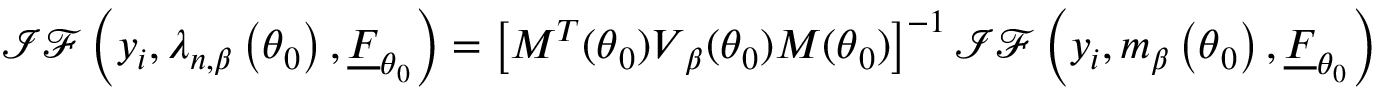
\mathcal { I F } \left( y _ { i } , \boldsymbol { \lambda } _ { n , \beta } \left( \boldsymbol { \theta } _ { 0 } \right) , \underline { { F } } _ { \boldsymbol { \theta } _ { 0 } } \right) = \left[ \boldsymbol { M } ^ { T } ( \boldsymbol { \theta } _ { 0 } ) \boldsymbol { V } _ { \beta } ( \boldsymbol { \theta } _ { 0 } ) \boldsymbol { M } ( \boldsymbol { \theta } _ { 0 } ) \right] ^ { - 1 } \mathcal { I F } \left( y _ { i } , \boldsymbol { m } _ { \beta } \left( \boldsymbol { \theta } _ { 0 } \right) , \underline { { F } } _ { \boldsymbol { \theta } _ { 0 } } \right)